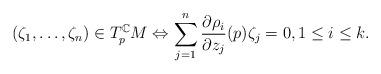
LaTeX: \begin{align*}(\zeta_1,\dots, \zeta_n)\in T^{\mathbb{C}}_pM \Leftrightarrow \sum_{j=1}^n\dfrac{\partial\rho_i}{\partial z_j}(p)\zeta_j=0,1\leq i\leq k.\end{align*}